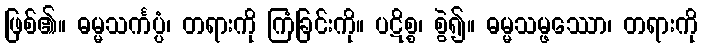
ဖြစ်၏။ ဓမ္မသင်္ကပ္ပံ၊ တရားကို ကြံခြင်းကို။ ပဋိစ္စ၊ စွဲ၍။ ဓမ္မသမ္ဖဿော၊ တရားကို